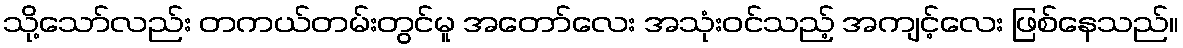
သို့သော်လည်း တကယ်တမ်းတွင်မူ အတော်လေး အသုံးဝင်သည့် အကျင့်လေး ဖြစ်နေသည်။